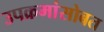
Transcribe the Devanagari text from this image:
उपक्रमांसोबत